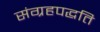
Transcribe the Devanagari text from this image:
संग्रहपद्धति